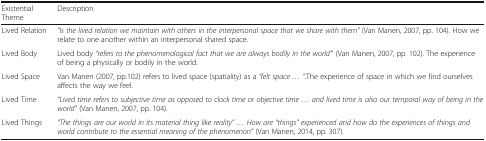
| Existential Theme | Description |
 | --- | --- |
 | Lived Relation | “Is the lived relation we maintain with others in the interpersonal space that we share with them” (Van Manen, 2007, pp. 104). How we relate to one another within an interpersonal shared space. |
 | Lived Body | Lived body “refers to the phenomenological fact that we are always bodily in the world’” (Van Manen, 2007, pp. 102). The experience of being a physically or bodily in the world. |
 | Lived Space | Van Manen (2007, pp.102) refers to lived space (spatiality) as a “felt space ... “.The experience of space in which we find ourselves affects the way we feel. |
 | Lived Time | “Lived time refers to subjective time as opposed to clock time or objective time ... and lived time is also our temporal way of being in the world” (Van Manen, 2007, pp. 104). |
 | Lived Things | “The things are our world in its material thing like reality” ... How are “things” experienced and how do the experiences of things and world contribute to the essential meaning of the phenomenon” (Van Manen, 2014, pp. 307). |